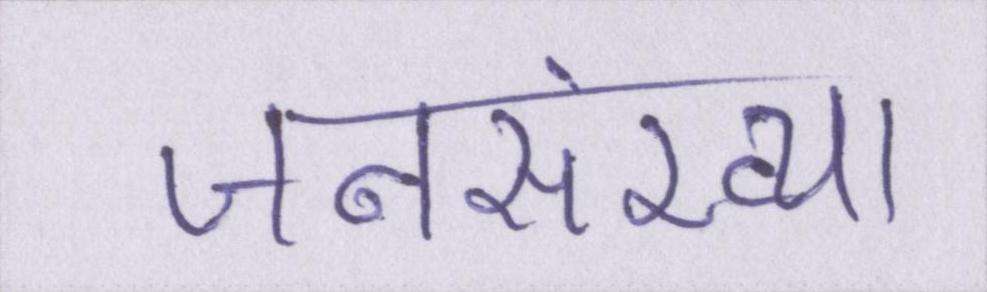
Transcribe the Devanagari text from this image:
जनसंख्या